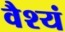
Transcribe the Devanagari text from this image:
वैश्यं